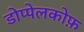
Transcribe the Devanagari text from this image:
डोप्पेलकोफ़